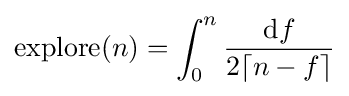
\mathrm {explore} (n)=\int _{0}^{n}{\frac {\mathrm {d} f}{2\lceil n-f\rceil }}